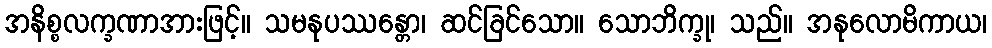
အနိစ္စလက္ခဏာအားဖြင့်။ သမနုပဿန္တော၊ ဆင်ခြင်သော။ သောဘိက္ခု၊ သည်။ အနုလောမိကာယ၊